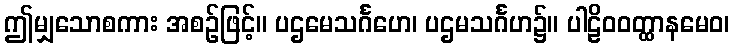
ဤမျှသောစကား အစဉ်ဖြင့်။ ပဌမေသင်္ဂဟေ၊ ပဌမသင်္ဂဟ၌။ ပါဠိဝဝတ္ထာနမေဝ၊